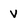
Character: v